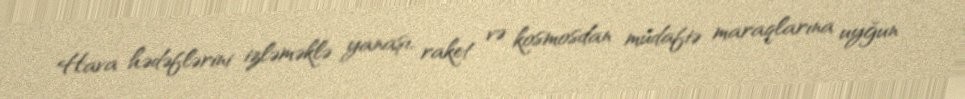
Hava hədəflərini izləməklə yanaşı, raket və kosmosdan müdafiə maraqlarına uyğun